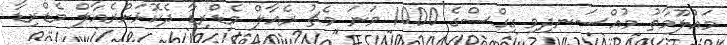
މައުލޫމާތު މުއްސަނދިވި ގިގްސްގެ 1000 ވަނަ މެޗު ރެއާލް މެޑްރިޑާ ދެކޮޅަށްރެއާލް މެޑްރިޑާ